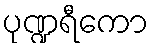
ပုဏ္ဍရီကော